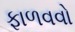
ફાળવવો